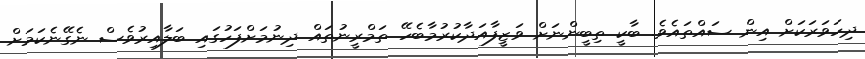
ދިހަވަރަކަށް އިން ސައްތައެވެ. ބާކީ ތިބީންނަށް ވަޒީފާއަދާކުރުމާބެހޭ ތަމްރީނުތައް ދިނުމަށްފަހުގައި ބަލާއިރުވެސް ނެގޭނެކަމަށް